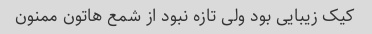
کیک زیبایی بود ولی تازه نبود از شمع هاتون ممنون